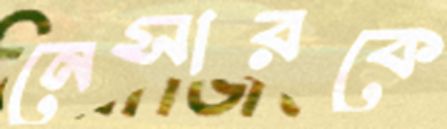
নেসারকে